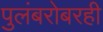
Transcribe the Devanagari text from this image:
पुलंबरोबरही